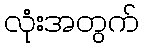
လုံးအတွက်